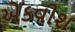
એકવીશ